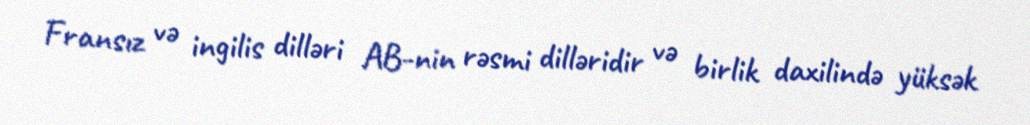
Fransız və ingilis dilləri AB-nin rəsmi dilləridir və birlik daxilində yüksək